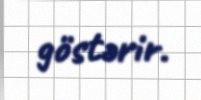
göstərir.